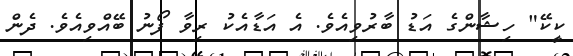
ކީކޭ" ހިޝާންގެ އަޑު ބާރުވިއެވެ. އެ އަޑާއެކު ރިވާ ފޯނު ބޭއްވިއެވެ. ދެން